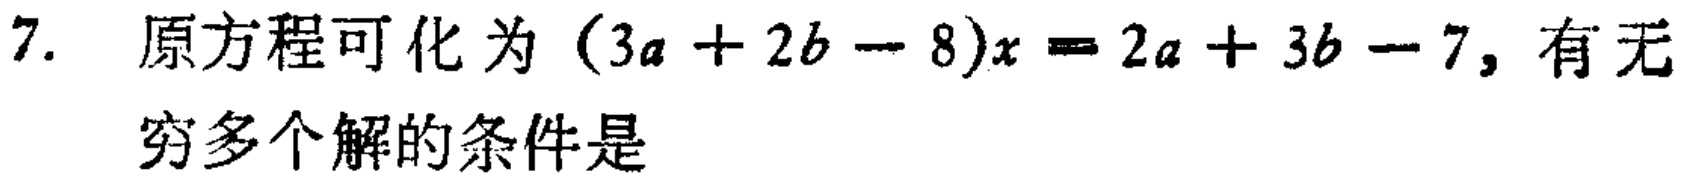
7. 原方程可化为\((3a + 2b - 8)x = 2a + 3b - 7\)，有无穷多个解的条件是